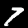
Label: 7